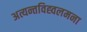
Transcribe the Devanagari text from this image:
अत्यन्तविह्वलमना